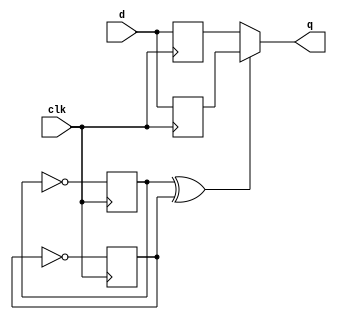
module top_module (
    input clk,
    input d,
    output q
);
    reg q1, q2;
    reg sel1, sel2 = 0;

    always @(posedge clk) begin
       sel1 <= ~sel1;
       q1 <= d;
    end
    
    always @(negedge clk) begin
       q2 <= d;
       sel2 <= ~sel2;
    end
    
    assign q = sel1 ^ sel2 ? q1 : q2;
    
endmodule